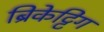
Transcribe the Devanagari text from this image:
ब्रिकेट्टिंग